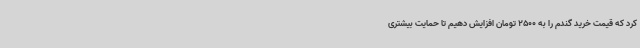
کرد که قیمت خرید گندم را به 2500 تومان افزایش دهیم تا حمایت بیشتری